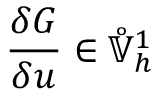
\frac { \delta G } { \delta u } \in \mathring { \mathbb { V } } _ { h } ^ { 1 }